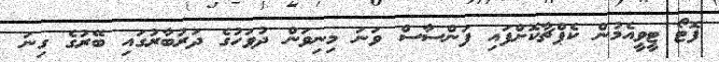
ފޮޓޯ ޓީވީއެމުން ކެޕްޗާކޮށްފައި ފަންސާސް ވަނަ މިނިވަން ދުވަހުގެ ދަރުބާރުގައި ބޭރުގެ ގިނަ